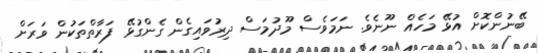
ބޭނުންކޮށް އުޅޭ މަހެއް ނޫނެވެ. ނަމަވެސް މޫދުމަސް ދިރުވައިގެން ގެންގުޅޭ ފަރާތްތަކުން ވަރަށް